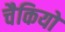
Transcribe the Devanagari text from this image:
चैकियों